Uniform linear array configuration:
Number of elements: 8
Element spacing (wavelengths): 0.5
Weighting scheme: binomial
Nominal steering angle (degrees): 15
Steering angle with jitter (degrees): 13.648
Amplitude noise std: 0.05
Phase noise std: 0.05

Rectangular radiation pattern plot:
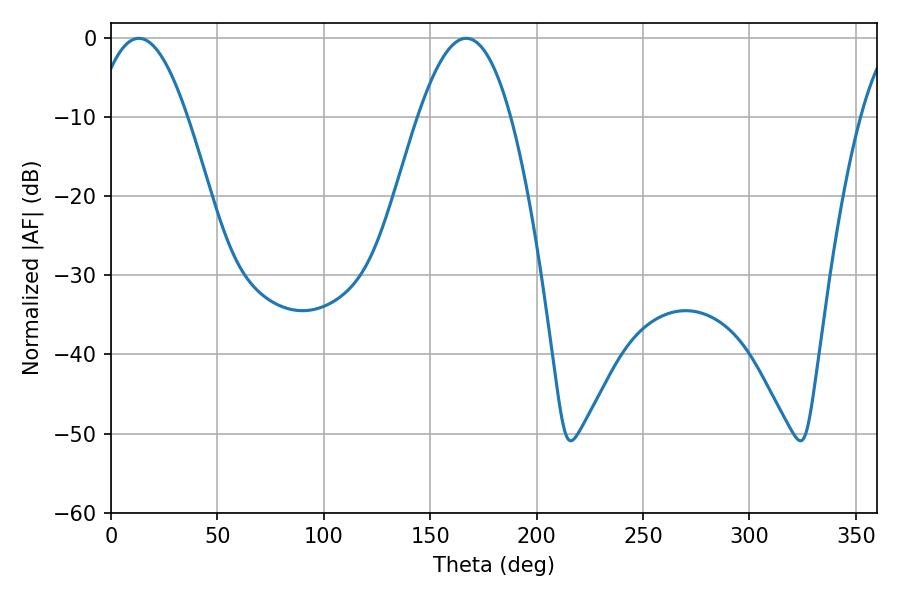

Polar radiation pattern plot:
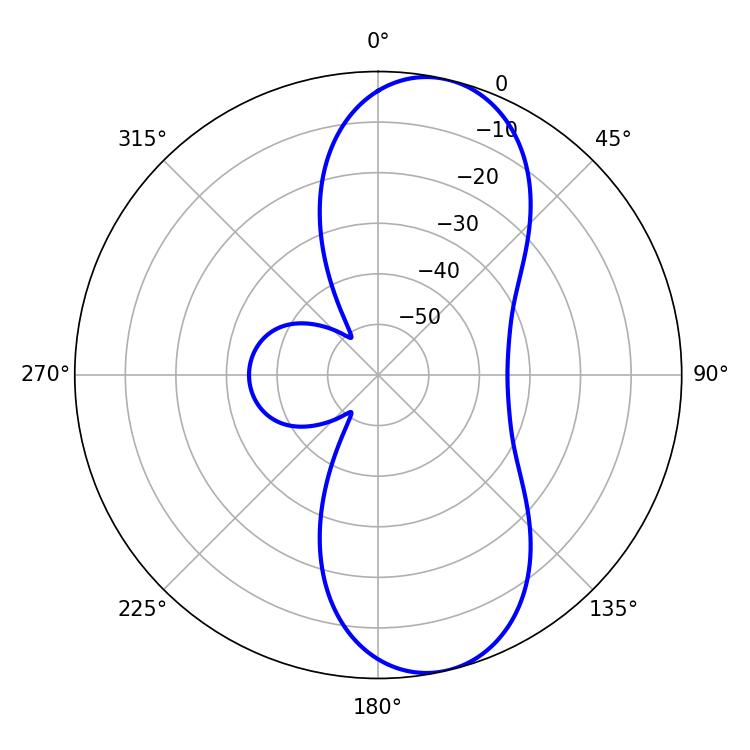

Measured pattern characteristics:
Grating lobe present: FALSE
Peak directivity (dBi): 9.786
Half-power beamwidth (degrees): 23.76
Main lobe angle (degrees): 13.14